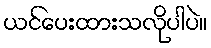
ယင်ပေးထားသလိုပါပဲ။